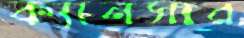
ক্যানসার